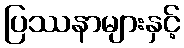
ပြဿနာများနှင့်